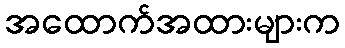
အထောက်အထားများက